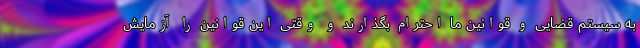
به سیستم قضایی و قوانین ما احترام بگذارند و وقتی این قوانین را آزمایش